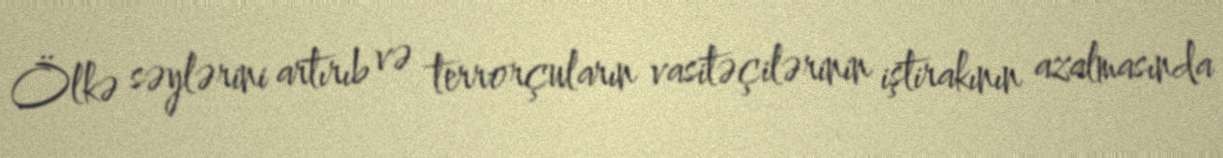
Ölkə səylərini artırıb və terrorçuların vasitəçilərinin iştirakının azalmasında